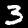
Label: 3